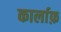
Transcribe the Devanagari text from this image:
कार्लाफ़